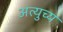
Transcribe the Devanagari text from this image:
अत्युच्य